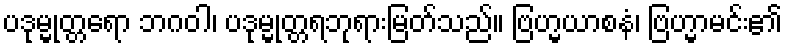
ပဒုမ္မုတ္တရော ဘဂဝါ၊ ပဒုမ္မုတ္တရဘုရားမြတ်သည်။ ဗြဟ္မယာစနံ၊ ဗြဟ္မာမင်း၏